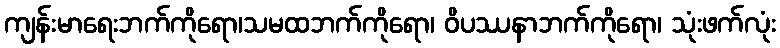
ကျန်းမာရေးဘက်ကိုရော၊သမထဘက်ကိုရော၊ ဝိပဿနာဘက်ကိုရော၊ သုံးဖက်လုံး